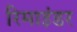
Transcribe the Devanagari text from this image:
रिमाइंडर